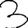
Digit: 3